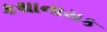
કથાનાયક